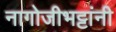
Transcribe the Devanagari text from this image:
नागोजीभट्टांनी